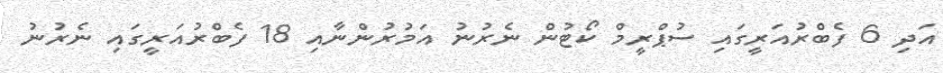
އަދި 6 ފެބްރުއަރީގައި ސުޕްރީމް ކޯޓުން ނެރުނު އަމުރުންނާއި 18 ފެބްރުއަރީގައި ނެރުނު